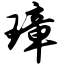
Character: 璋